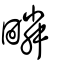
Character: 疄